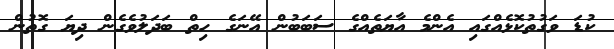
ކުޑަ ވަގުތުކޮޅެއްގައި އެންމެ އާޔަތެއްގެ ސަބަބުން އޭނަގެ ހިތް ބަދަލުވެގެން ދިޔަ ގޮތުން